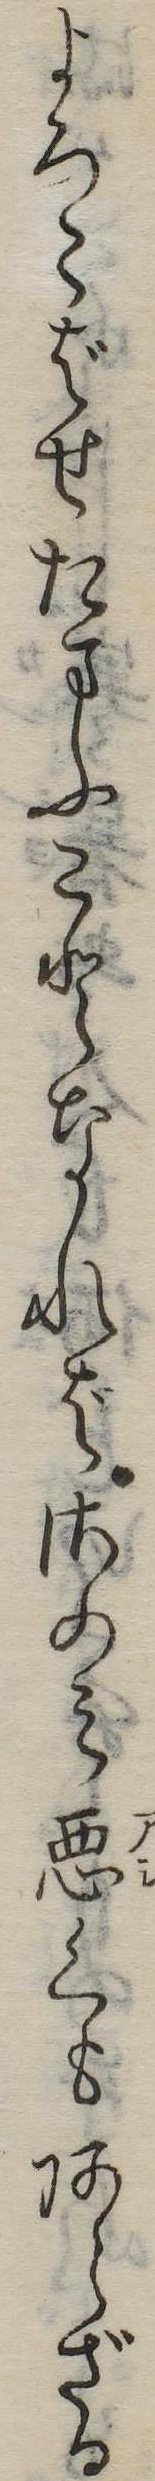
よろこばせたまふことなればさのみ悪くもあらざる